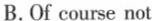
B.Of course not